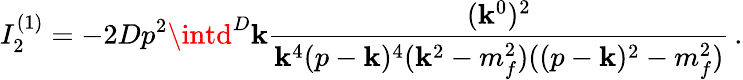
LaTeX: I_{2}^{(1)}=-2Dp^{2}\intd^{D}\mathbf{k}\frac{{(\mathbf{k}^{0})^{2}}}{{\mathbf{k}^{4}(p-\mathbf{k})^{4}(\mathbf{k}^{2}-m_{f}^{2})((p-\mathbf{k})^{2}-m_{f}^{2})}}\, .